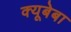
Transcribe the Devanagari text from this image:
क्यूबेबा